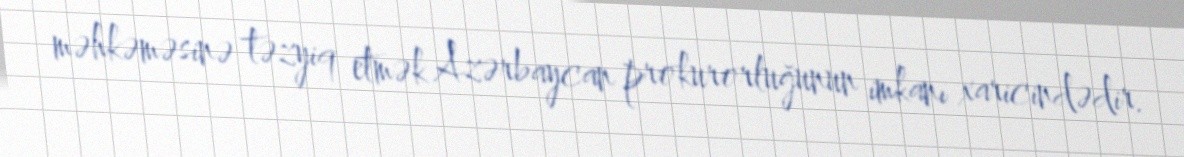
məhkəməsinə təzyiq etmək Azərbaycan prokurorluğunun imkanı xaricindədir.